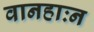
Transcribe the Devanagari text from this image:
वानहाःन